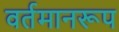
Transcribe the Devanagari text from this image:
वर्तमानरूप